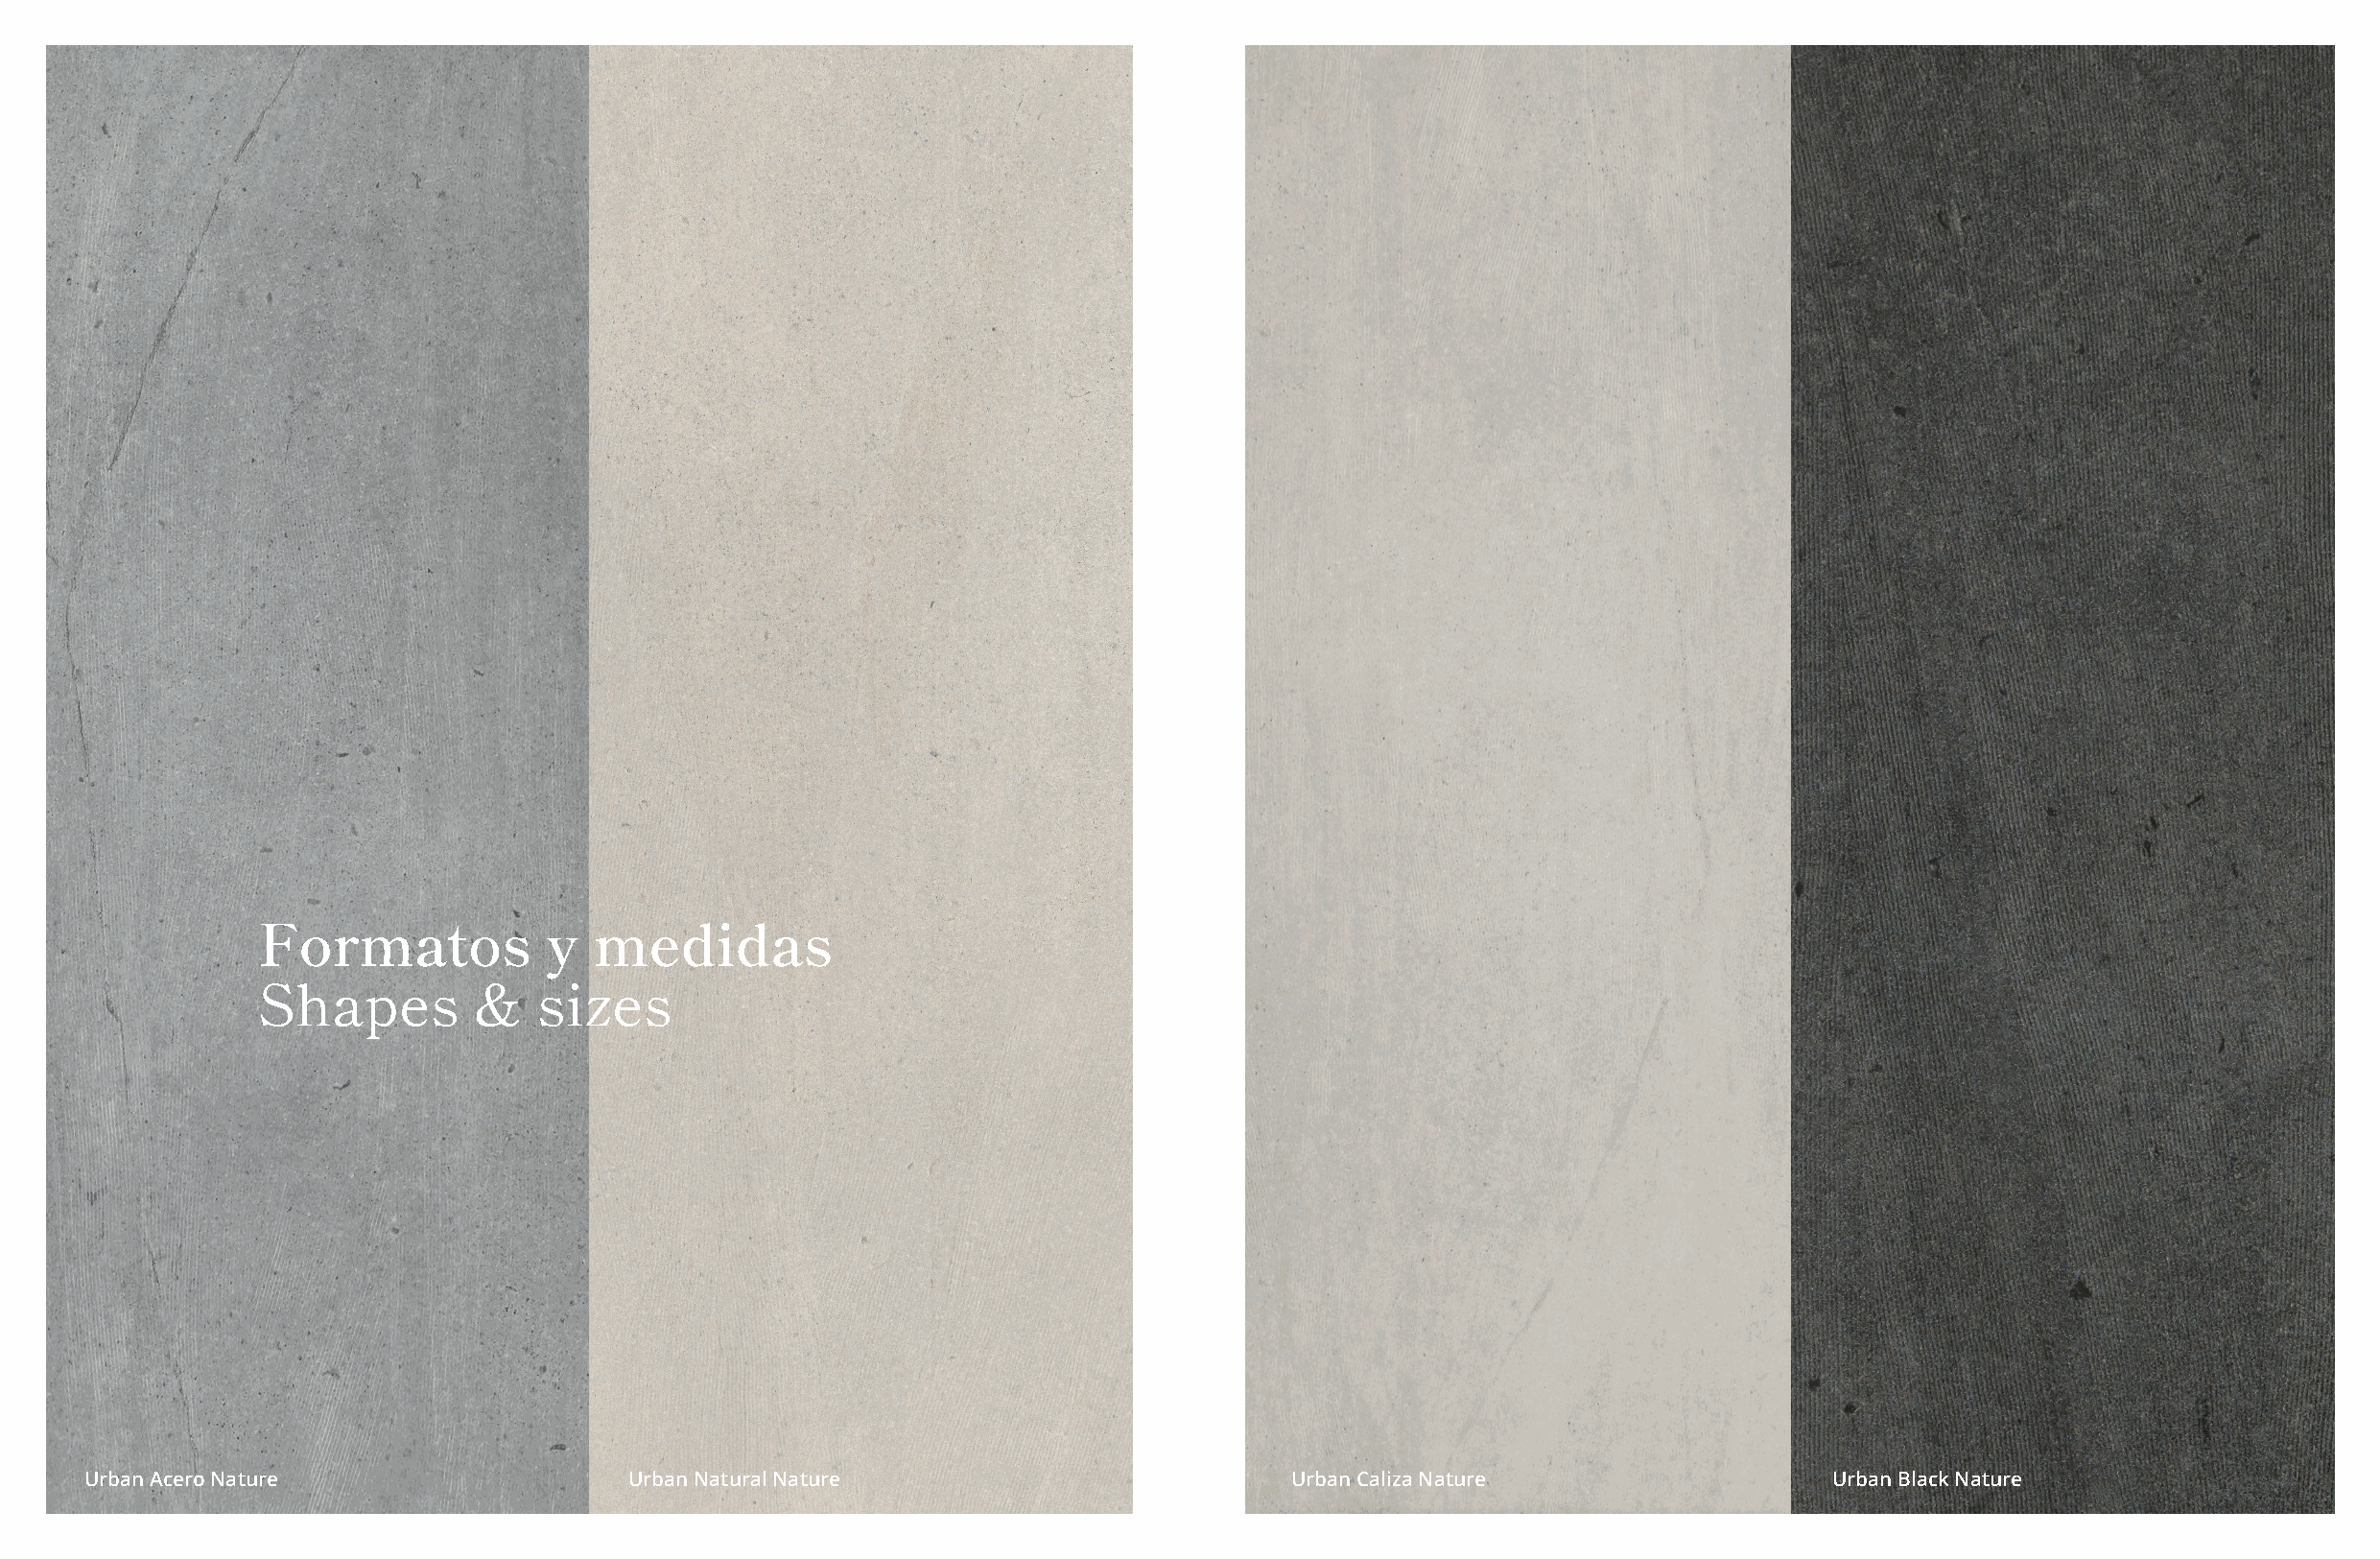
Formatos            y  medidas
 Shapes         &   sizes
 Urban Acero Nature                   Urban Natural Nature                          Urban Caliza Nature                  Urban Black Nature